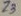
Text: Z3